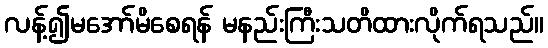
လန့်၍မအော်မိစေရန် မနည်းကြီးသတိထားလိုက်ရသည်။